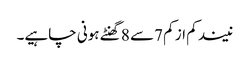
نیند کم از کم 7سے 8 گھنٹے ہونی چاہیے۔